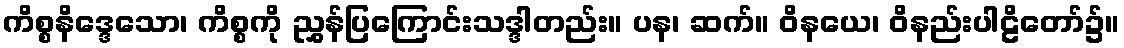
ကိစ္စနိဒ္ဒေသော၊ ကိစ္စကို ညွှန်ပြကြောင်းသဒ္ဒါတည်း။ ပန၊ ဆက်။ ဝိနယေ၊ ဝိနည်းပါဠိတော်၌။